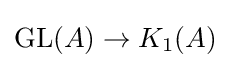
\operatorname {GL} (A)\to K_{1}(A)